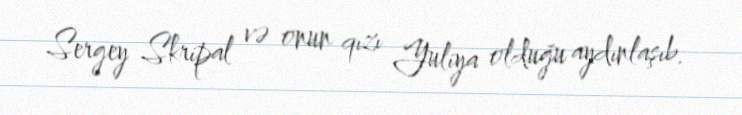
Sergey Skripal və onun qızı Yuliya olduğu aydınlaşıb.